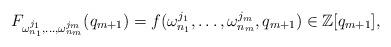
LaTeX: \begin{align*}F_{\omega_{n_1}^{j_1}, \dots, \omega_{n_{m}}^{j_{m}}}(q_{m+1}) = f(\omega_{n_1}^{j_1}, \dots, \omega_{n_{m}}^{j_{m}},q_{m+1}) \in \mathbb{Z}[q_{m+1}],\end{align*}